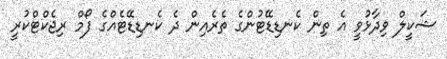
ޝަކީލް ވިދާޅުވީ އެ ތިން ކެނޑިޑޭޓުންގެ ތެރެއިން ދެ ކެނޑިޑޭޓެއްގެ ފޯމް ރިޖެކްޓްކުރީ